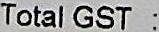
TOTAL GST :